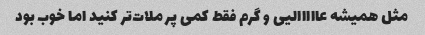
مثل همیشه عااااالیی و گرم فقط کمی پر ملات‌تر کنید اما خوب بود